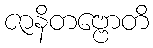
ဇာနိတဗ္ဗောတိ